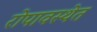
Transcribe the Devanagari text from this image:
रोपावस्थेत